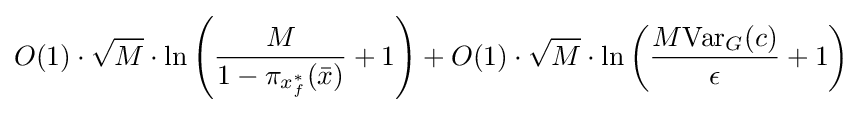
O(1)\cdot {\sqrt {M}}\cdot \ln \left({\frac {M}{1-\pi _{x_{f}^{*}}({\bar {x}})}}+1\right)+O(1)\cdot {\sqrt {M}}\cdot \ln \left({\frac {M{\text{Var}}_{G}(c)}{\epsilon }}+1\right)